Document type: Sale
Year: 1435
Scribe: Pere Soler
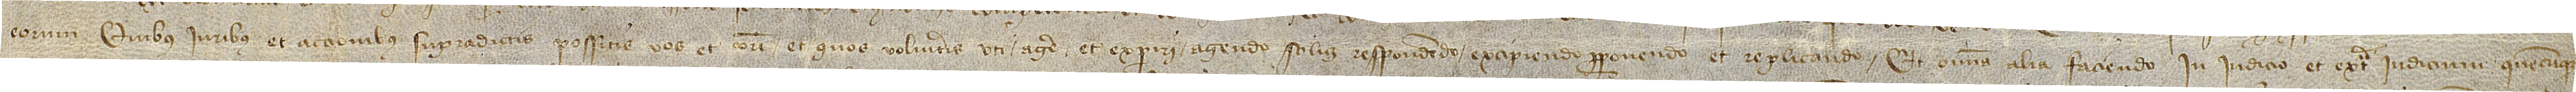
eorum. Quibus iuribus et accionibus supradictis possitis vos et vestri et quos volueritis uti, agere et experiri, agendo scilicet, respondendo, excipiendo, proponendo et replicando et omnia alia faciendo in iudicio et extra iudicium, quecumque